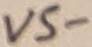
Text: VS-